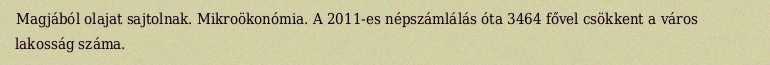
Magjából olajat sajtolnak. Mikroökonómia. A 2011-es népszámlálás óta 3464 fővel csökkent a város lakosság száma.